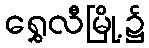
ရွှေလီမြို့၌